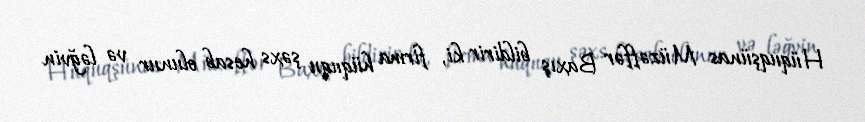
Hüquqşünas Müzəffər Baxış bildirir ki, firma hüququ şəxs hesab olunur və ləğvin